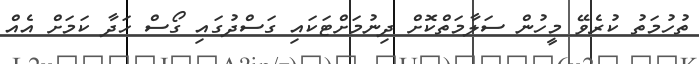
ތުހުމަތު ކުރެވޭ މީހުން ސަލާމަތްކޮށް ދިނުމަށްޓަކައި ގަސްދުގައި ގޯސް ހަދާ ކަމަށް އެއް